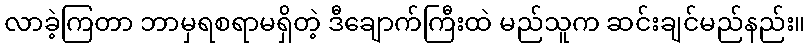
လာခဲ့ကြတာ ဘာမှရစရာမရှိတဲ့ ဒီချောက်ကြီးထဲ မည်သူက ဆင်းချင်မည်နည်း။